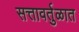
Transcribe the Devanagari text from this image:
सत्तावर्तुळात